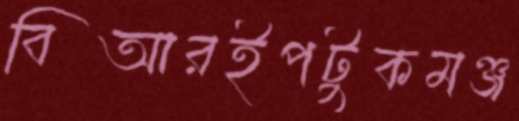
বিআরইপটুকমঞ্জ